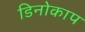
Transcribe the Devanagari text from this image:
डिनोकाप